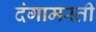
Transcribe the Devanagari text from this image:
दंगामस्ती